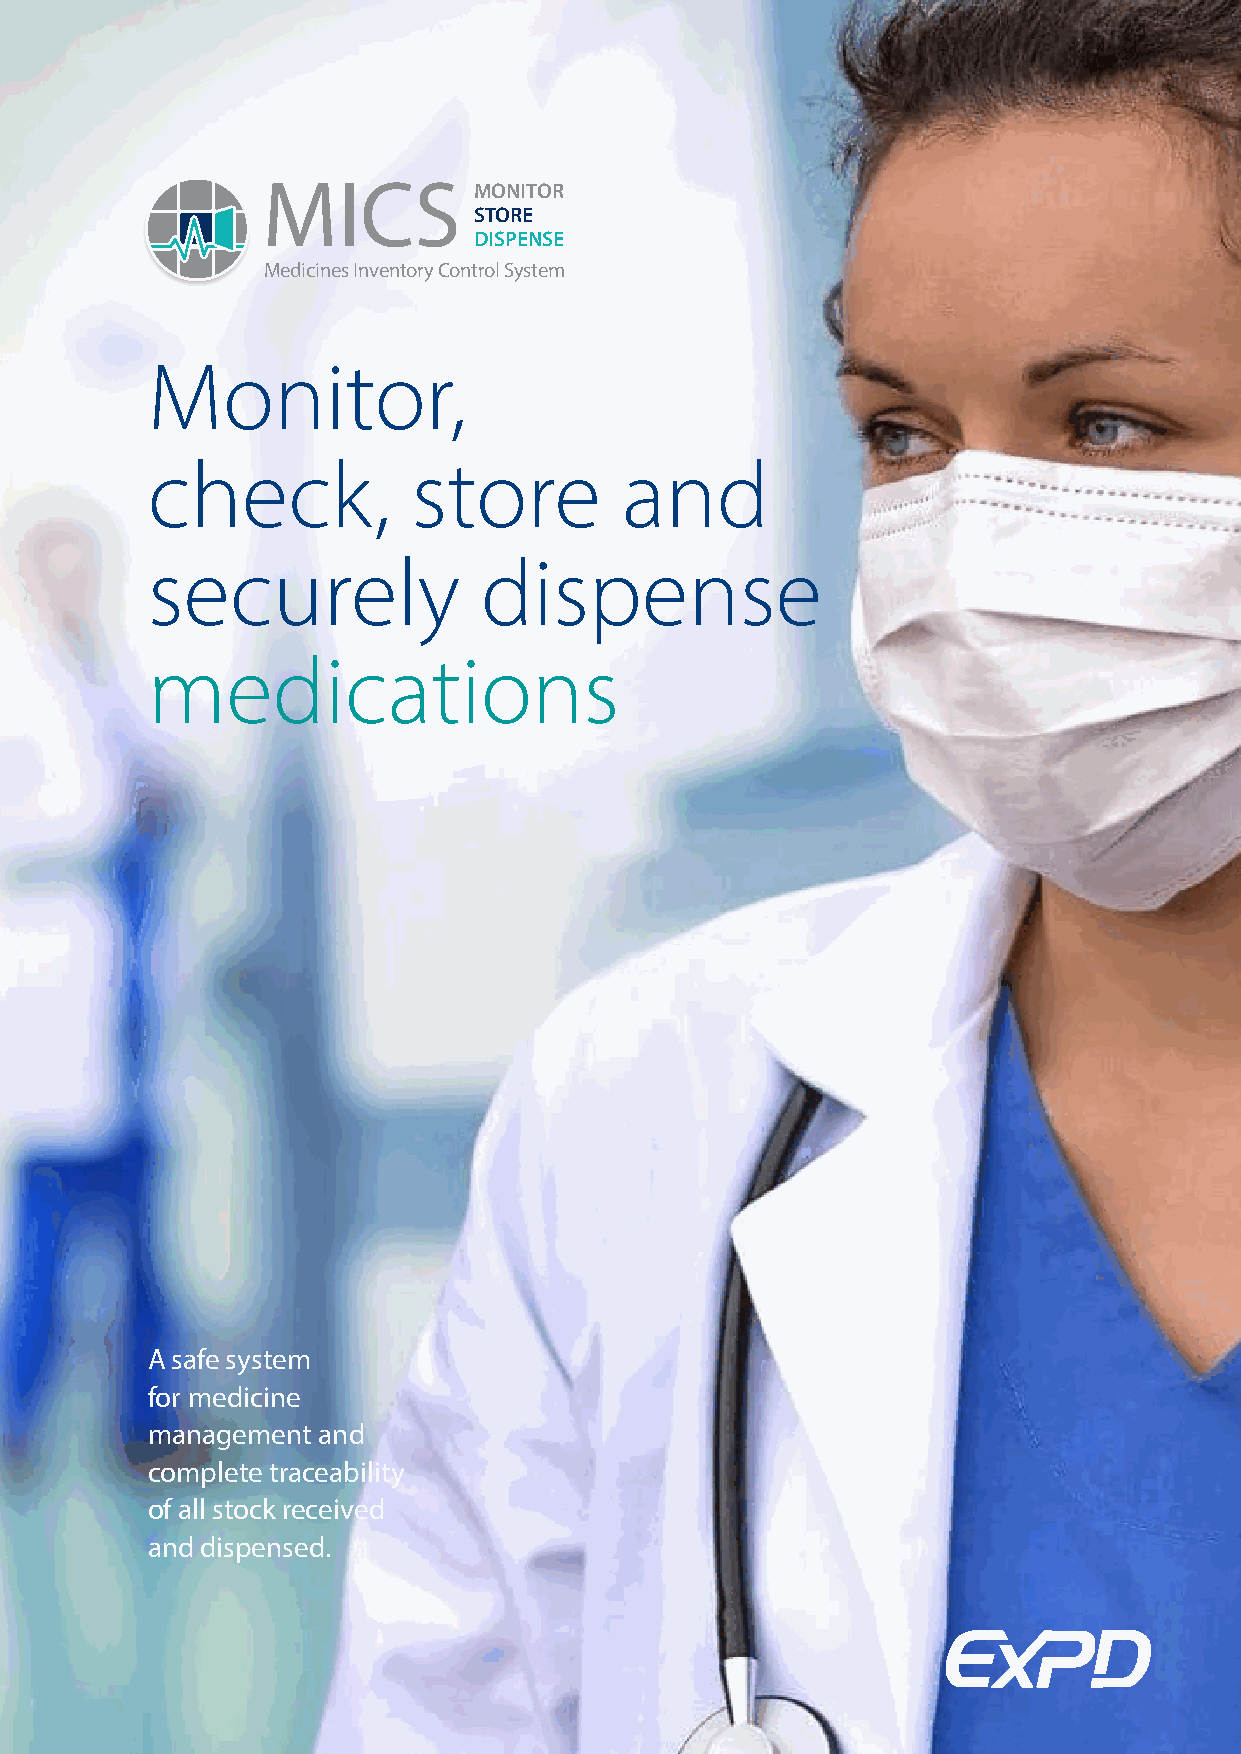
MONITOR
 STORE
 DISPENSE
 Medicines Inventory Control System
 Monitor,
 check,           store         and
 securely              dispense
 medications
 A safe system
 for medicine
 management and
 complete traceability
 of all stock received
 and dispensed.